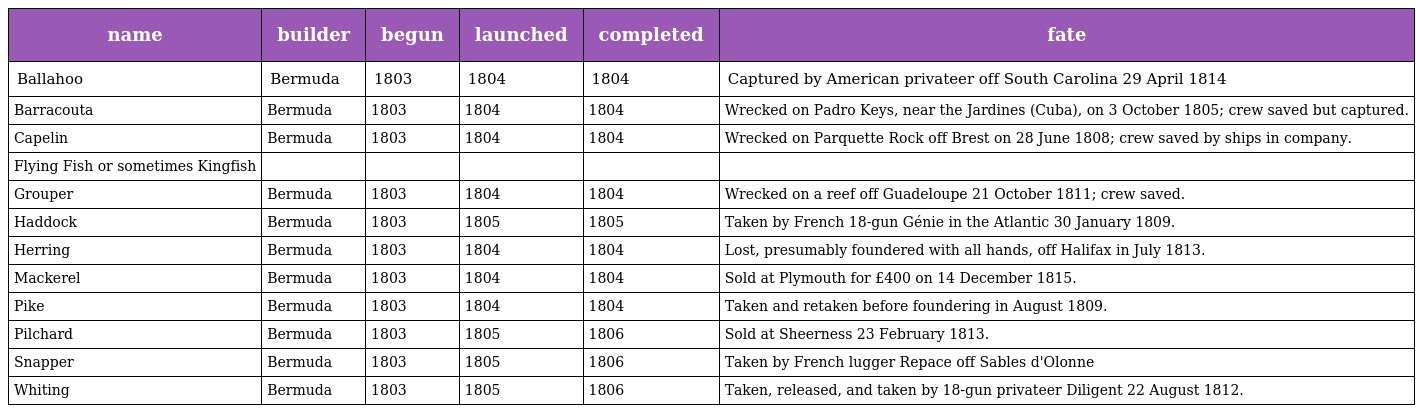
| name | builder | begun | launched | completed | fate |
 | --- | --- | --- | --- | --- | --- |
 | Ballahoo | Bermuda | 1803 | 1804 | 1804 | Captured by American privateer off South Carolina 29 April 1814 |
 | Barracouta | Bermuda | 1803 | 1804 | 1804 | Wrecked on Padro Keys, near the Jardines (Cuba), on 3 October 1805; crew saved but captured. |
 | Capelin | Bermuda | 1803 | 1804 | 1804 | Wrecked on Parquette Rock off Brest on 28 June 1808; crew saved by ships in company. |
 | Flying Fish or sometimes Kingfish |  |  |  |  |  |
 | Grouper | Bermuda | 1803 | 1804 | 1804 | Wrecked on a reef off Guadeloupe 21 October 1811; crew saved. |
 | Haddock | Bermuda | 1803 | 1805 | 1805 | Taken by French 18-gun Génie in the Atlantic 30 January 1809. |
 | Herring | Bermuda | 1803 | 1804 | 1804 | Lost, presumably foundered with all hands, off Halifax in July 1813. |
 | Mackerel | Bermuda | 1803 | 1804 | 1804 | Sold at Plymouth for £400 on 14 December 1815. |
 | Pike | Bermuda | 1803 | 1804 | 1804 | Taken and retaken before foundering in August 1809. |
 | Pilchard | Bermuda | 1803 | 1805 | 1806 | Sold at Sheerness 23 February 1813. |
 | Snapper | Bermuda | 1803 | 1805 | 1806 | Taken by French lugger Repace off Sables d'Olonne |
 | Whiting | Bermuda | 1803 | 1805 | 1806 | Taken, released, and taken by 18-gun privateer Diligent 22 August 1812. |